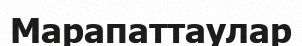
Марапаттаулар